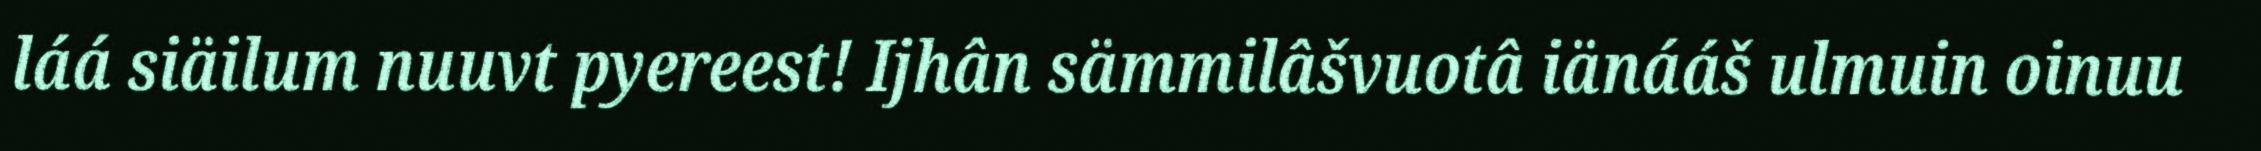
láá siäilum nuuvt pyereest! Ijhân sämmilâšvuotâ iänááš ulmuin oinuu